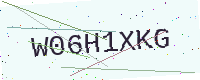
Text: W06H1XKG